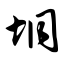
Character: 垌